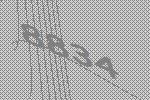
8834